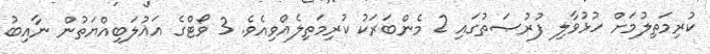
ކުރިމަތިލުމަށް ހުޅުވާލި ފުރުޞަތުގައި 2 މެންބަރަކު ކުރިމަތިލެއްވިއެވެ. 3 ވޯޓްގެ އަޣުލަބިއްޔަތުން ނާއިބު